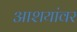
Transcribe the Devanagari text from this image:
आशयांवर